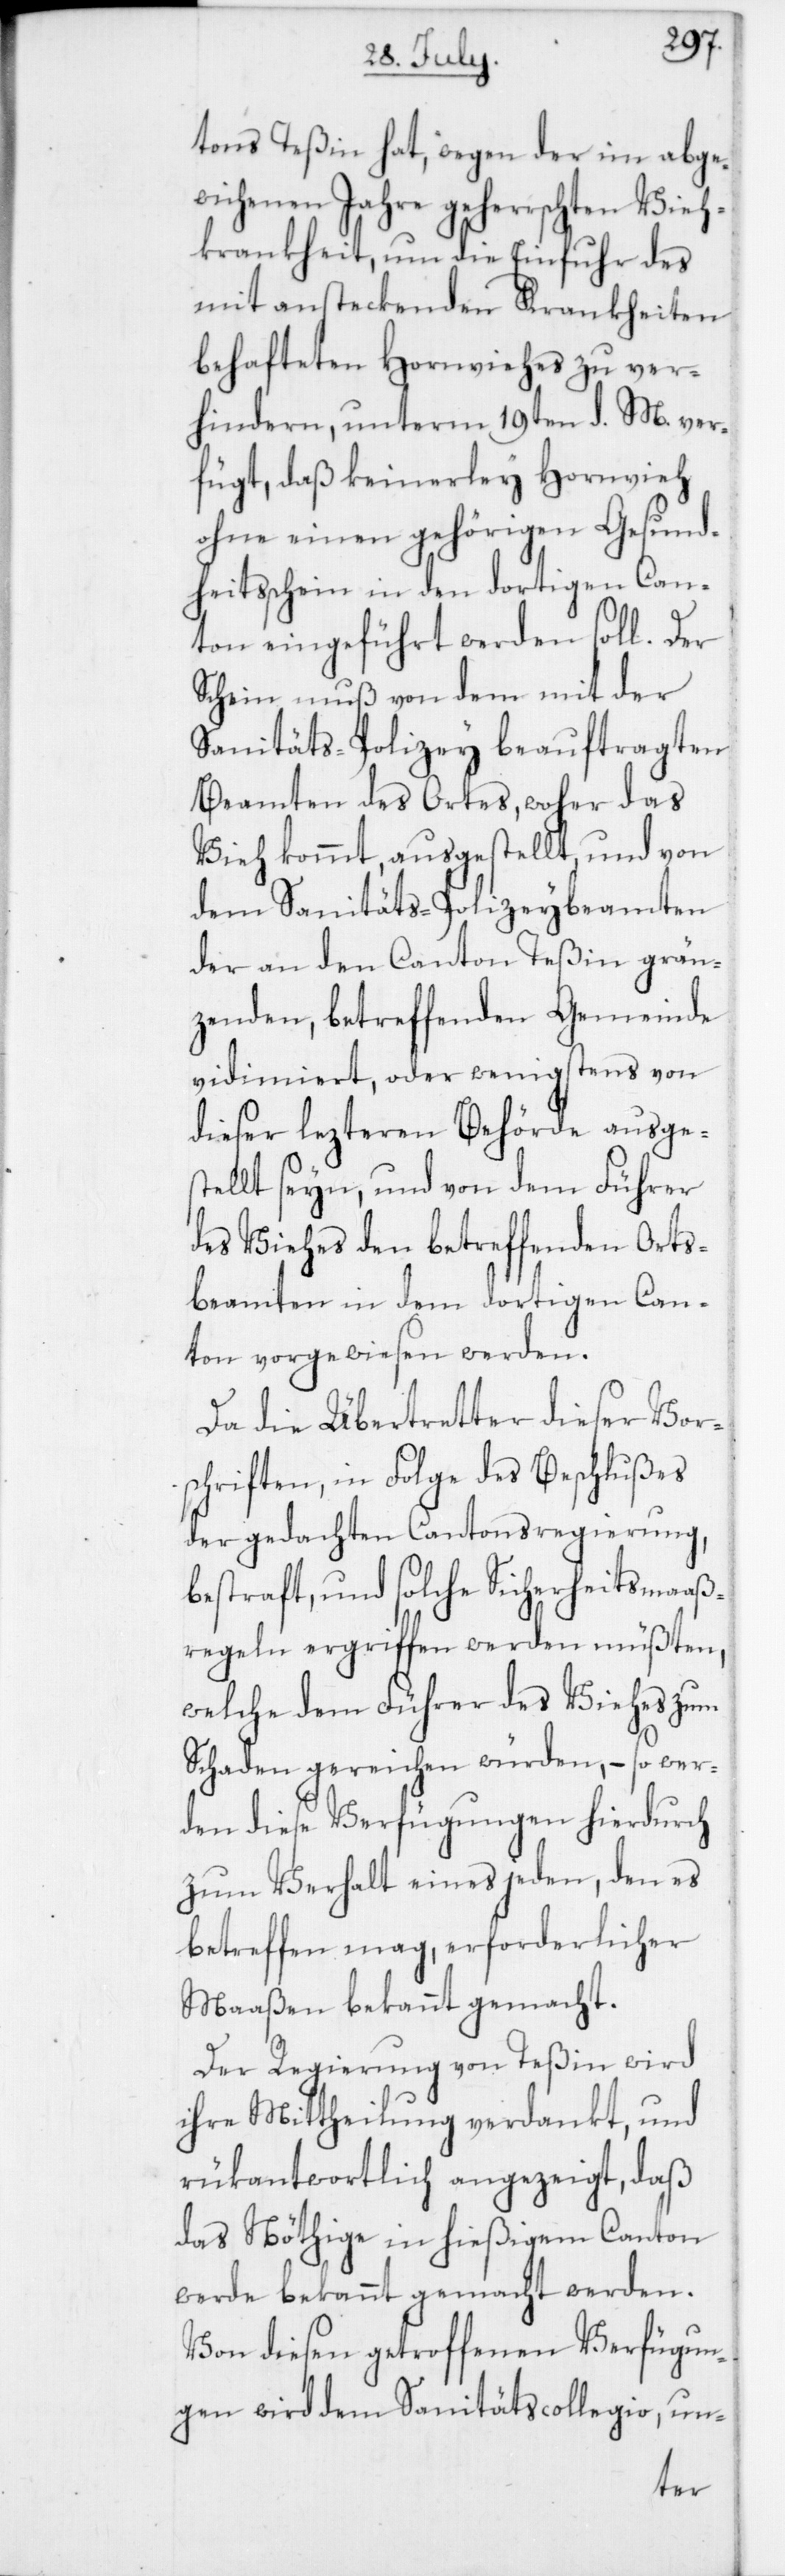
tons Teßin hat, wegen der im abge¬
wichenen Jahre geherrschten Vieh¬
krankheit, um die Einfuhr des
behafteten Hornviehes zu ver¬
hinderen, unterm 19ten d. M. ver¬
fügt, daß keinerley Hornvieh
ohne einen gehörigen Gesund¬
heitsschein in den dortigen Can¬
ton eingeführt werden soll. Der
Schein muß von dem mit der
Sanitäts-Polizey beauftragten
Beamten des Ortes, woher das
Vieh kommt, ausgestellt und von
dem Sanitäts-Polizeybeamten,
der an den Canton Teßin grän¬
zenden betreffenden Gemeinde
vidimiert, oder wenigstens von
dieser lezteren Behörde ausges¬
tellt seyn, und von dem Führer
des Viehes den betreffenden Orts¬
beamten in dem dortigen Can¬
ton vorgewiesen werden.
Da die Übertretter dieser Vor¬
schriften, in Folge des Beschlußes
der gedachten Cantonsregierung,
bestraft, und solche Sicherheitsmaaß¬
regeln ergriffen werden müßten,
welche dem Führer des Viehes zum
Schaden gereichen würden, – so wer¬
den diese Verfügungen hierdurch
zum Verhalt eines jeden, den es
betreffen mag, erforderlicher
Maaßen bekannt gemacht.
Der Regierung von Teßin wird
ihre Mittheilung verdankt, und
rükantwortlich angezeigt, daß
das Nöthige in hießigem Canton
werde bekannt gemacht werden.
Von diesen getroffenen Verfügun¬
gen wird dem Sanitätscollegio, un-